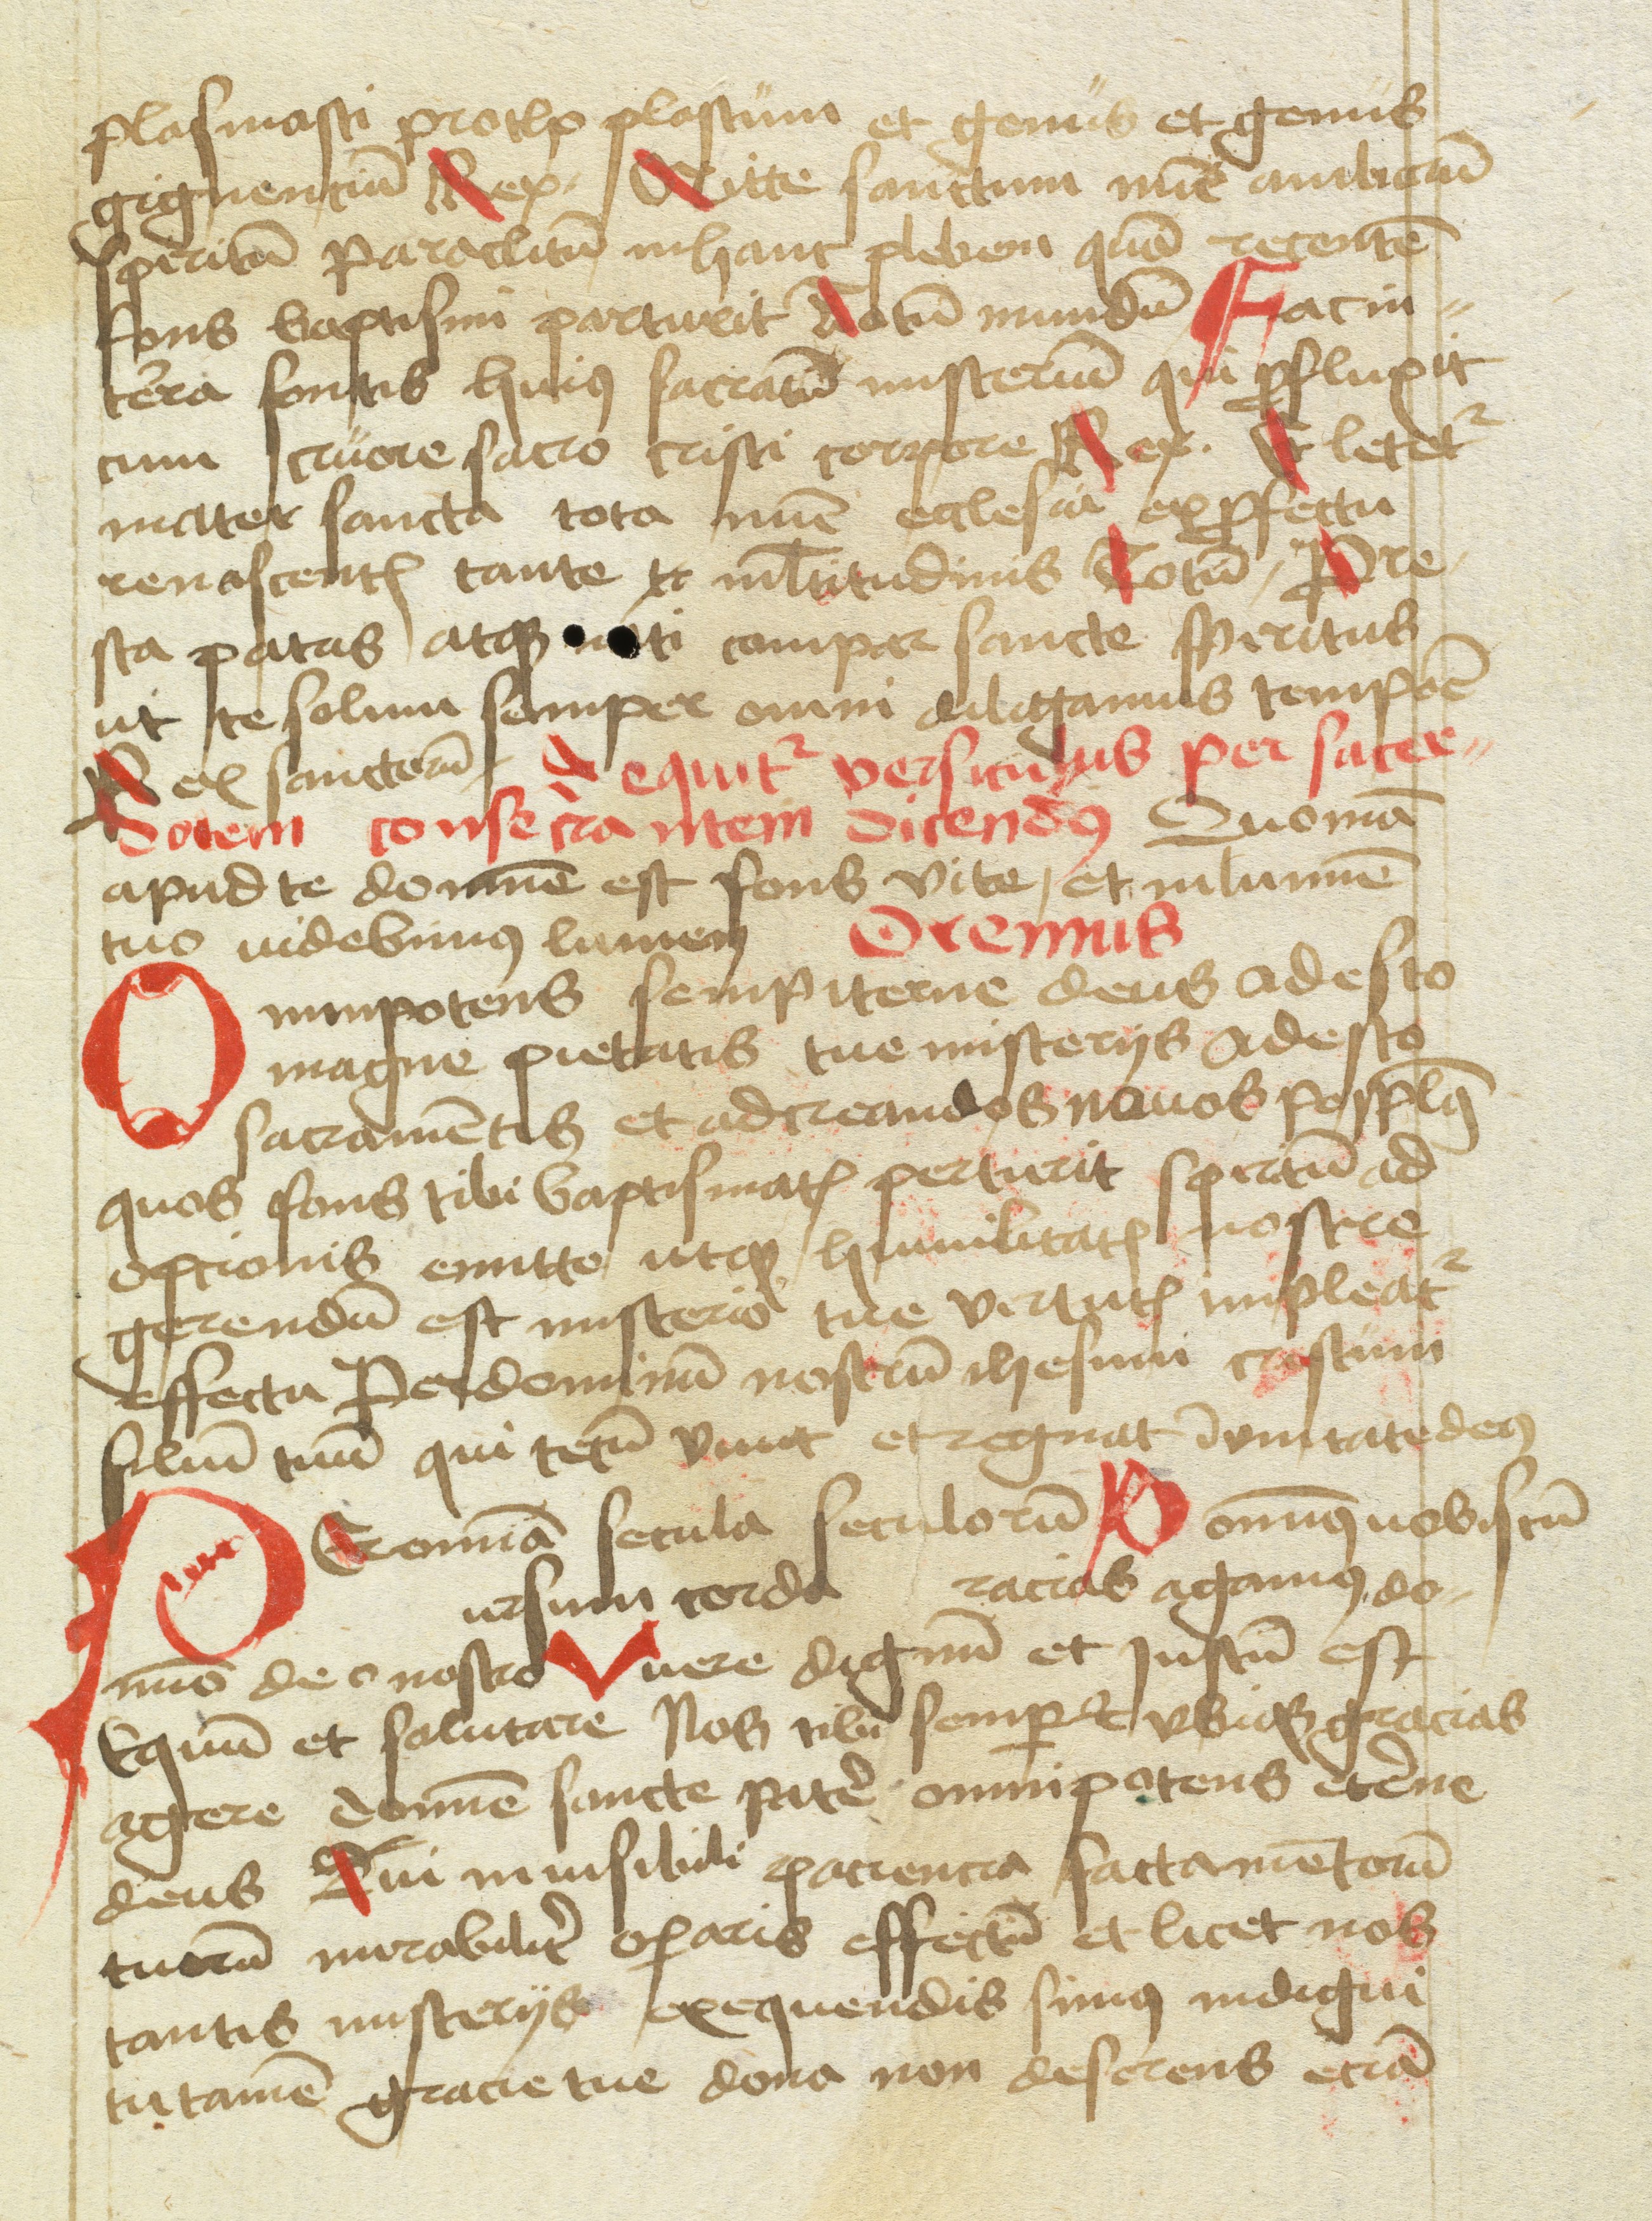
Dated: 1477–1487